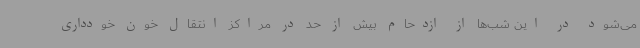
می‌شود در این شب‌ها از ازدحام بیش از حد در مراکز انتقال خون خودداری